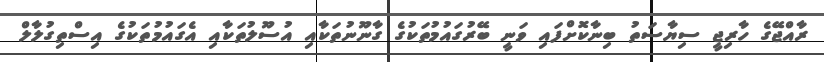
ރާއްޖޭގެ ހާރިޖީ ސިޔާސަތު ބިނާކޮށްފައި ވަނީ ބޭރުގައުމުތަކުގެ ގާނޫނުތަކާއި އުސޫލުތަކާއި އެގައުމުތަކުގެ އިސްތިގުލާލް